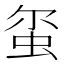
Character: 𫊱